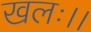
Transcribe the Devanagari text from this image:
खलः।।